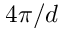
4 \pi / d